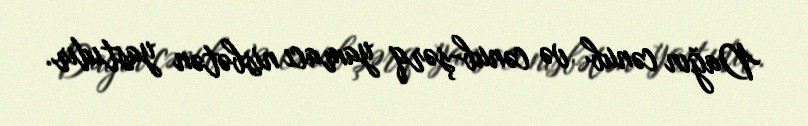
Dağın cənub və cənub-şərq yamacı nisbətən yastıdır.